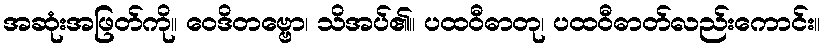
အဆုံးအဖြတ်ကို။ ဝေဒိတဗ္ဗော၊ သိအပ်၏။ ပထဝီဓာတု၊ ပထဝီဓာတ်လည်းကောင်း။